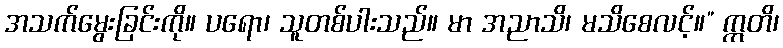
အသက်မွေးခြင်းကို။ ပရော၊ သူတစ်ပါးသည်။ မာ အညာသိ၊ မသိစေလင့်။” ဣတိ၊